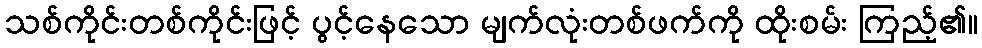
သစ်ကိုင်းတစ်ကိုင်းဖြင့် ပွင့်နေသော မျက်လုံးတစ်ဖက်ကို ထိုးစမ်း ကြည့်၏။